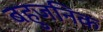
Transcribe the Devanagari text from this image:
बहुजनिक